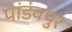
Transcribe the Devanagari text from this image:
पांडवपुर